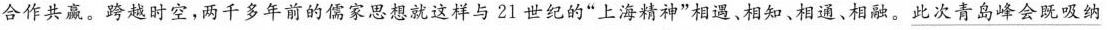
合作共赢。跨越时空，两千多年前的儒家思想就这样与21世纪的”上海精神”相遇、相知、相通、相融。\underline{此次青岛峰会既吸纳}